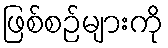
ဖြစ်စဉ်များကို